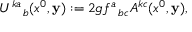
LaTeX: U _ { ~ ~ ~ b } ^ { k a } ( x ^ { 0 } , { \bf y } ) : = 2 g f _ { ~ ~ b c } ^ { a } A ^ { k c } ( x ^ { 0 } , { \bf y } ) ,